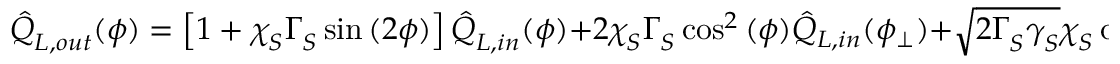
\hat { Q } _ { L , o u t } ^ { } ( \phi ) = \left[ 1 + \chi _ { S } ^ { } \Gamma _ { S } ^ { } \sin { ( 2 \phi ) } \right] \hat { Q } _ { L , i n } ^ { } ( \phi ) + 2 \chi _ { S } ^ { } \Gamma _ { S } ^ { } \cos ^ { 2 } { ( \phi ) } \hat { Q } _ { L , i n } ( \phi _ { \bot } ) + \sqrt { 2 \Gamma _ { S } ^ { } \gamma _ { S } ^ { } } \chi _ { S } ^ { } \cos { ( \phi ) } \hat { \zeta } .